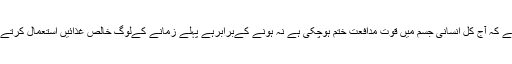
لیکن افسوس سےکہنا پڑتاہے کہ آج کل انسانی جسم میں قوت مدافعت ختم ہوچکی ہے نہ ہونے کےبرابرہے پہلے زمانے کےلوگ خالص غذائیں استعمال کرتےتھے صاف پانی پیتےتھے